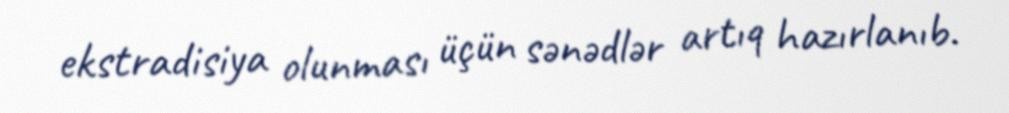
ekstradisiya olunması üçün sənədlər artıq hazırlanıb.